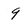
Character: 9